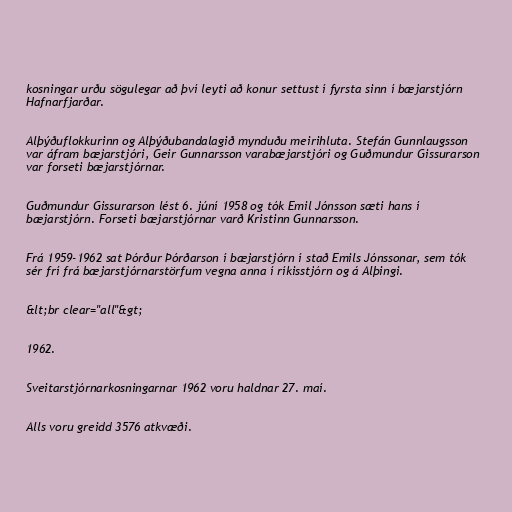
kosningar urðu sögulegar að því leyti að konur settust í fyrsta sinn í bæjarstjórn
Hafnarfjarðar.

Alþýðuflokkurinn og Alþýðubandalagið mynduðu meirihluta. Stefán Gunnlaugsson
var áfram bæjarstjóri, Geir Gunnarsson varabæjarstjóri og Guðmundur Gissurarson
var forseti bæjarstjórnar.

Guðmundur Gissurarson lést 6. júní 1958 og tók Emil Jónsson sæti hans í
bæjarstjórn. Forseti bæjarstjórnar varð Kristinn Gunnarsson.

Frá 1959-1962 sat Þórður Þórðarson í bæjarstjórn í stað Emils Jónssonar, sem tók
sér frí frá bæjarstjórnarstörfum vegna anna í ríkisstjórn og á Alþingi.

&lt;br clear="all"&gt;

1962.

Sveitarstjórnarkosningarnar 1962 voru haldnar 27. maí.

Alls voru greidd 3576 atkvæði.